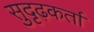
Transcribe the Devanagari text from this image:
सुदृढ़कर्ता